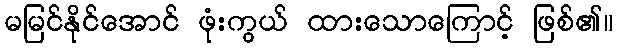
မမြင်နိုင်အောင် ဖုံးကွယ် ထားသောကြောင့် ဖြစ်၏။